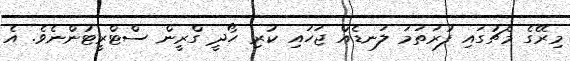
މިރޭގެ މެޗުގައި ފުރަތަމަ ލަނޑެއް ޖަހައި ކުރި ހޯދީ ގްރީން ސްޓްރީޓުންނެވެ. އެ